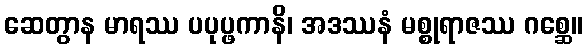
ဆေတွာန မာရဿ ပပုပ္ဖကာနိ၊ အဒဿနံ မစ္စုရာဇဿ ဂစ္ဆေ။